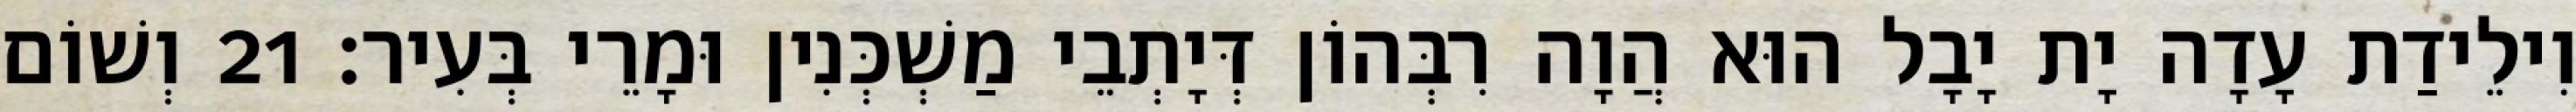
וִילֵידַת עָדָה יָת יָבָל הוּא הֲוָה רִבְּהוֹן דְּיָתְבֵי מַשְׁכְּנִין וּמָרֵי בְּעִיר׃ 21 וְשׁוֹם